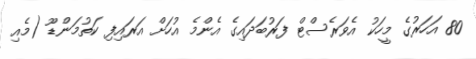
80 އަހަރުގެ މީހަކު އެވަރެސްޓް ފަރުބަދައިގެ އެންމެ އުހަށް އަރައިފި ކަތުމަންޑޫ (މެއި